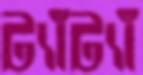
ট্যাঁট্যাঁ